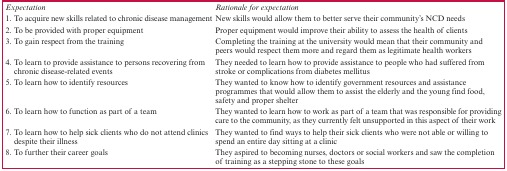
<table><thead><tr><td><b><i>Expectation</i></b></td><td><b><i>Rationale for expectation</i></b></td></tr></thead><tbody><tr><td>1. To acquire new skills related to chronic disease management</td><td>New skills would allow them to better serve their community’s NCD needs</td></tr><tr><td>2. To be provided with proper equipment</td><td>Proper equipment would improve their ability to assess the health of clients</td></tr><tr><td>3. To gain respect from the training</td><td>Completing the training at the university would mean that their community and peers would respect them more and regard them as legitimate health workers</td></tr><tr><td>4. To learn to provide assistance to persons recovering from chronic disease-related events</td><td>They needed to learn how to provide assistance to people who had suffered from stroke or complications from diabetes mellitus</td></tr><tr><td>5. To learn how to identify resources</td><td>They wanted to know how to identify government resources and assistance programmes that would allow them to assist the elderly and the young find food, safety and proper shelter</td></tr><tr><td>6. To learn how to function as part of a team</td><td>They wanted to learn how to work as part of a team that was responsible for providing care to the community, as they currently felt unsupported in this aspect of their work</td></tr><tr><td>7. To learn how to help sick clients who do not attend clinics despite their illness</td><td>They wanted to find ways to help their sick clients who were not able or willing to spend an entire day sitting at a clinic</td></tr><tr><td>8. To further their career goals</td><td>They aspired to becoming nurses, doctors or social workers and saw the completion of training as a stepping stone to these goals</td></tr></tbody></table>